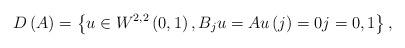
LaTeX: \begin{align*}D\left( A\right) =\left\{ u\in W^{2,2}\left( 0,1\right) ,B_{j}u=Au\left( j\right) =0j=0,1\right\} , \end{align*}